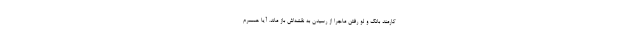
کارمند بانک و لو رفتن ماجرا از رسیدن به نقشه‌اش باز ماند. آیا همسرم